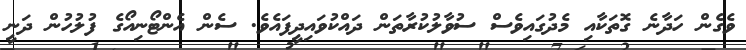
ވެގެން ހަދާނެ ގޮތަކާއި މެދުގައިވެސް ސުވާލުކުރާތަން ދައްކުވައިދީފައެވެ. ސެން އެންޓޯނިއޯގެ ފުލުހުން ދަނީ